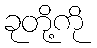
ခုတို့ကို